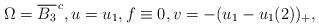
LaTeX: \begin{align*}\Omega=\overline{B_3}^{\,c},u=u_1,f\equiv 0,v=-(u_1-u_1(2))_+,\end{align*}